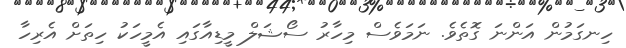
ހިނގަމުން އަންނަ ގޮތެވެ. ނަމަވެސް މިހާރު ސޯޝަލް މީޑިއާގައި އެމީހަކު ހިތަށް އެރިހާ